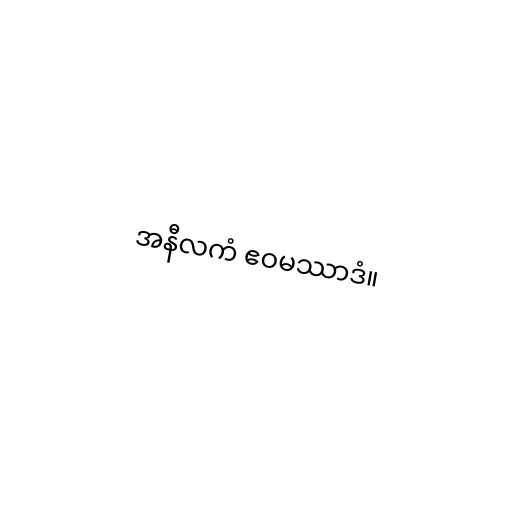
အနီလကံ ဧဝမဿာဒံ။